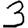
Digit: 3